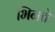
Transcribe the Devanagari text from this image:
भिनते